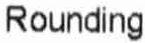
ROUNDING